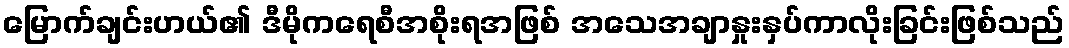
မြောက်ချင်းဟယ်၏ ဒီမိုကရေစီအစိုးရအဖြစ် အသေအချာနှုးနှပ်ကာလိုးခြင်းဖြစ်သည်